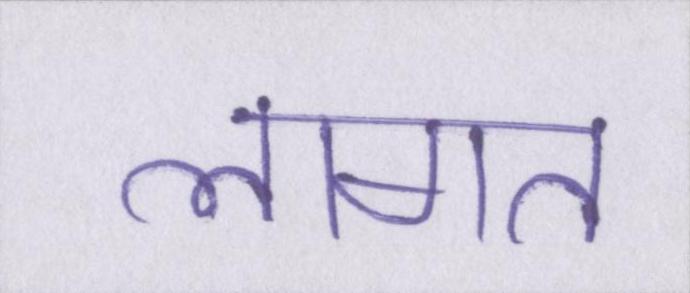
लागत